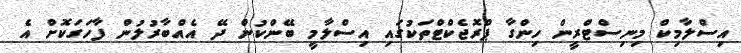
އިސްލާމިކް މިނިސްޓްރީން ހިންގާ ޕްރޮޖެކްޓްތަކުގައި އިސްލާމީ ބޭންކުން ދޭ އެއްބާރުލުން ފާހަގަކޮށް އެ